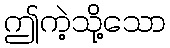
ဤကဲ့သို့သော